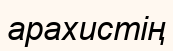
арахистің